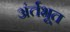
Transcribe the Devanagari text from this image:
अंर्तभूत